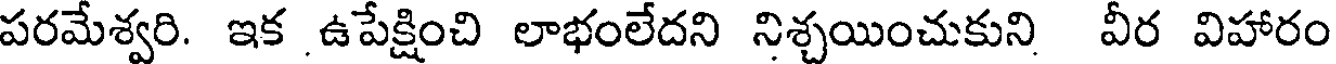
పరమేశ్వరి. ఇక ఉపేక్షించి లాభంలేదని నిశ్చయించుకుని వీర విహారం